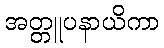
အတ္တူပနာယိကာ